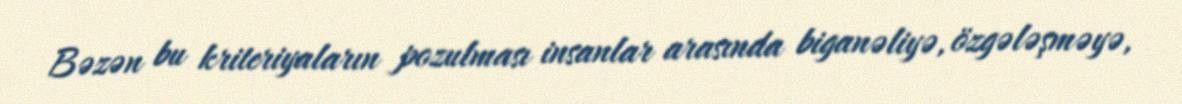
Bəzən bu kriteriyaların pozulması insanlar arasında biganəliyə, özgələşməyə,